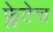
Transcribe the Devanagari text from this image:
फ्लेटेच